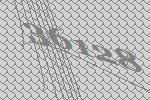
36128